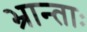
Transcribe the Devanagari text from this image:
भ्रान्ताः